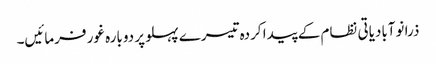
ذرا نوآبادیاتی نظام کے پیدا کردہ تیسرے پہلو پر دوبارہ غور فرمائیں۔